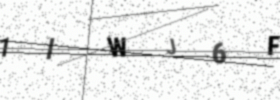
Text: 1IWJ6F